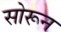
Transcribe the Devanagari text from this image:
सोरून